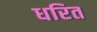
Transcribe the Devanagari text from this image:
धरित